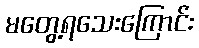
မတွေ့ရသေးကြောင်း